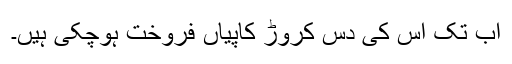
اب تک اس کی دس کروڑ کاپیاں فروخت ہوچکی ہیں۔